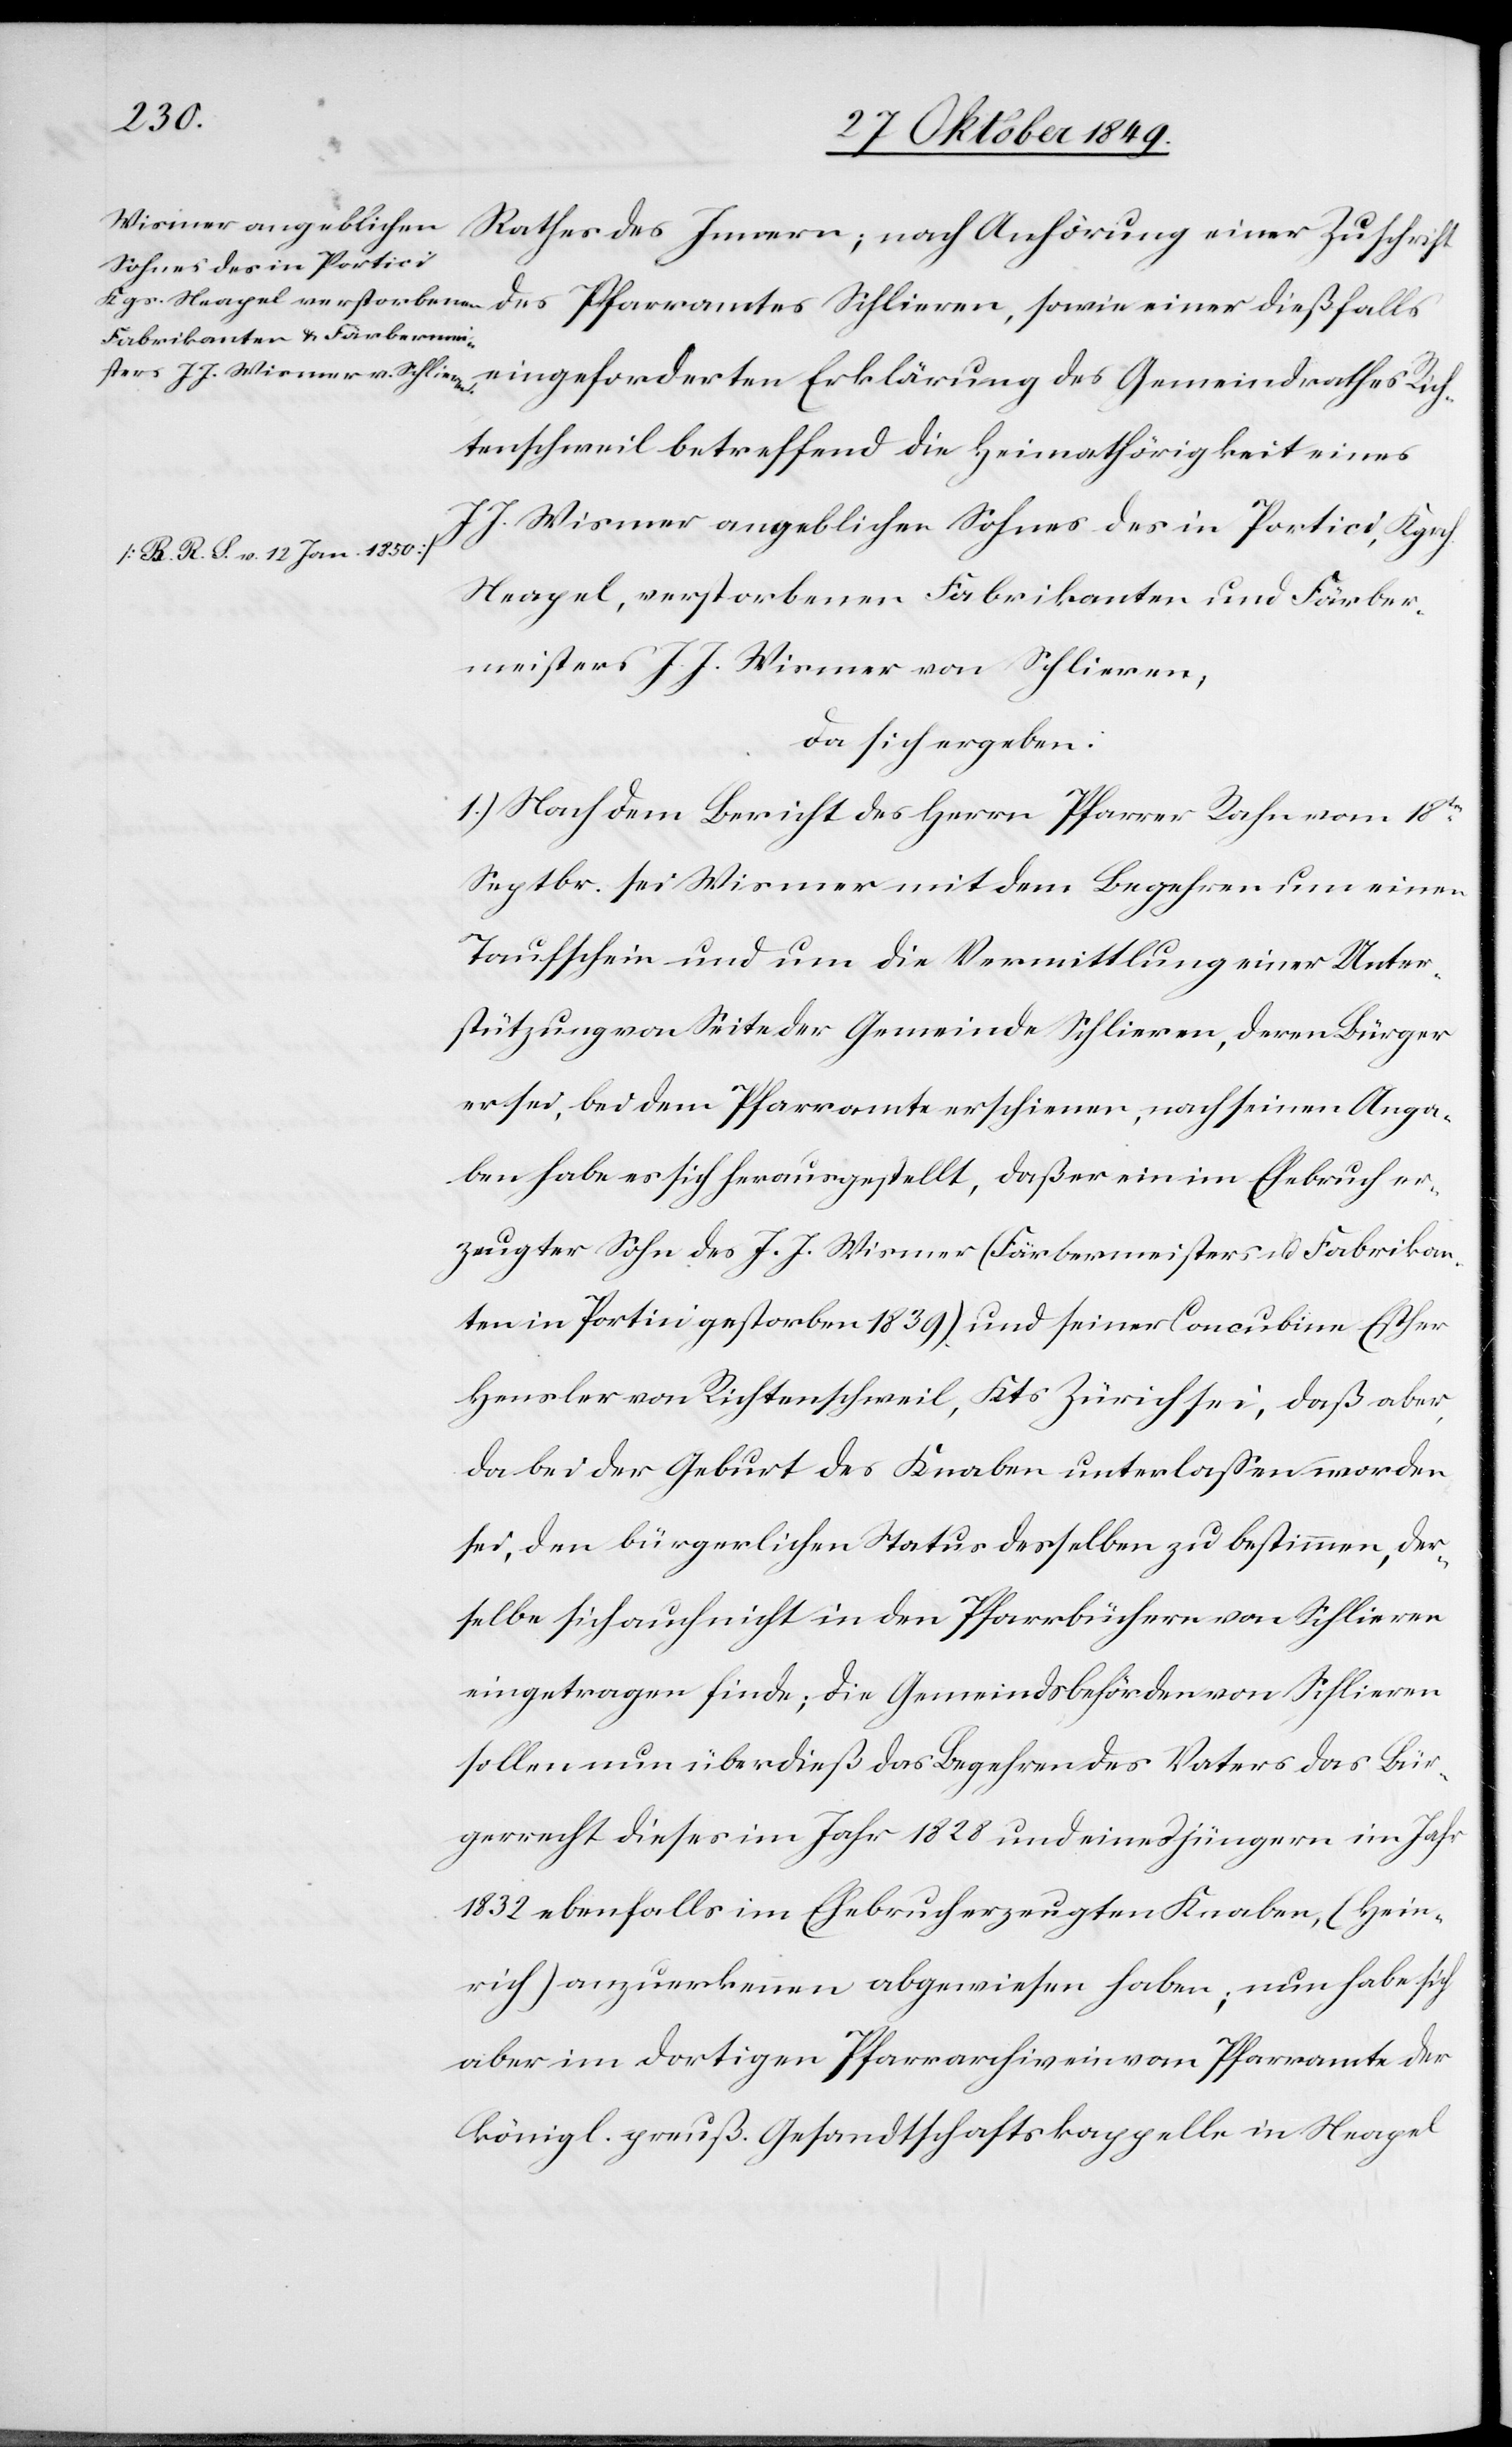
Sohnes des in Portici,
sowie einer dießfalls eingeforderten Erklärung des Gemeindrathes Rich¬
tenschweil betreffend die Heimathörigkeit eines
[B. R. L. v. 12 Jan 1850]
Neapel, verstorbenen Fabrikanten und Färber¬
meisters J. J. Wismer von Schlieren,
da sich ergeben:
1.) Nach dem Bericht des Herrn Pfarrer Rahn vom 18ten
September sei Wismer mit dem Begehren um einen
Taufschein und um die Vermittlung einer Unter¬
stützung von Seite der Gemeinde Schlieren, deren Bürger
er sei, bei dem Pfarramte erschienen, nach seinen Anga¬
ben habe es sich herausgestellt, daß er ein im Ehebruch er¬
zeugter Sohn des J. J. Wismer (Färbermeisters u. Fabrikan¬
ten in Portini [sic!] gestorben 1839) und seiner Concubine Esther
Heusler von Richtenschweil, Kts Zürich sei, daß aber,
da bei der Geburt des Knaben unterlaßen worden
sei, den bürgerlichen Status desselben zu bestimmen, der¬
selbe sich auch in den Pfarrbüchern von Schlieren
eingetragen finde; die Gemeindsbehörden von Schlieren
sollen nun überdieß das Begehren des Vaters das Bür¬
gerrecht dieses im Jahr 1828 und eines jüngern im Jahr
1832 ebenfalls im Ehebruch erzeugten Knaben, (Hein¬
rich) anzuerkennen abgewiesen haben; nun habe sich
aber im dortigen Pfarrarchiv ein vom Pfarramte der
königl. preuß. Gesandtschaftskappelle in Neapel